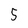
Character: 5